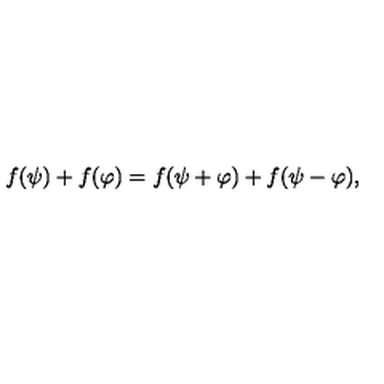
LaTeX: f ( \psi ) + f ( \varphi ) = f ( \psi + \varphi ) + f ( \psi - \varphi ) ,